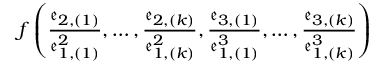
f \left( \frac { \mathfrak { e } _ { 2 , ( 1 ) } } { \mathfrak { e } _ { 1 , ( 1 ) } ^ { 2 } } , \ldots , \frac { \mathfrak { e } _ { 2 , ( k ) } } { \mathfrak { e } _ { 1 , ( k ) } ^ { 2 } } , \frac { \mathfrak { e } _ { 3 , ( 1 ) } } { \mathfrak { e } _ { 1 , ( 1 ) } ^ { 3 } } , \ldots , \frac { \mathfrak { e } _ { 3 , ( k ) } } { \mathfrak { e } _ { 1 , ( k ) } ^ { 3 } } \right)